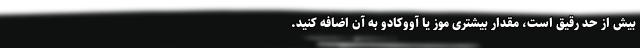
بیش از حد رقیق است، مقدار بیشتری موز یا آووکادو به آن اضافه کنید.